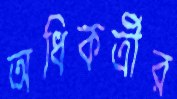
অধিকর্ত্রীর